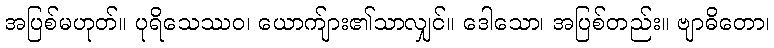
အပြစ်မဟုတ်။ ပုရိသေဿဝ၊ ယောက်ျား၏သာလျှင်။ ဒေါသော၊ အပြစ်တည်း။ ဗျာဓိတော၊